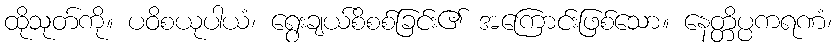
ထိုသုတ်ကို။ ပဝိစယုပါယံ၊ ရွေးချယ်စိစစ်ခြင်း၏ အကြောင်းဖြစ်သော။ နေတ္တိပ္ပကရဏံ၊